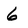
Character: 6